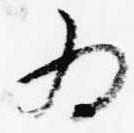
為